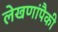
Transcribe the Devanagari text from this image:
लेखणांपैकी